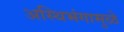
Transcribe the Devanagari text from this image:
अस्थिभंगामुळे